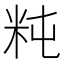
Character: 𥸵